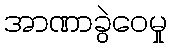
အာဏာခွဲဝေမှု